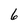
Character: 6